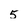
Character: 5